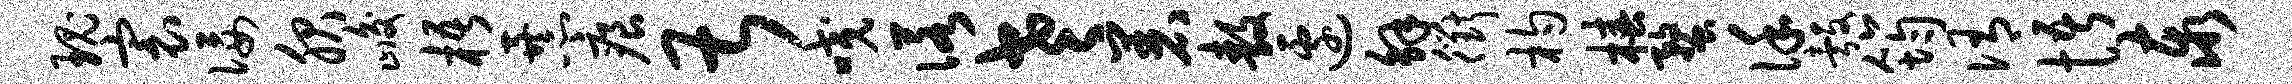
瑰寰佞服峻梧暴痕甚咬诺老着敖边解衢杓椿蝥谨彀筠侑悟泰